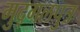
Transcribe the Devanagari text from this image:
मुद्गलपुत्र